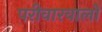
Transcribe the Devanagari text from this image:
परीवारवालों